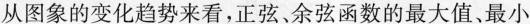
从图象的变化趋势来看，正弦、余弦函数的最大值、最小